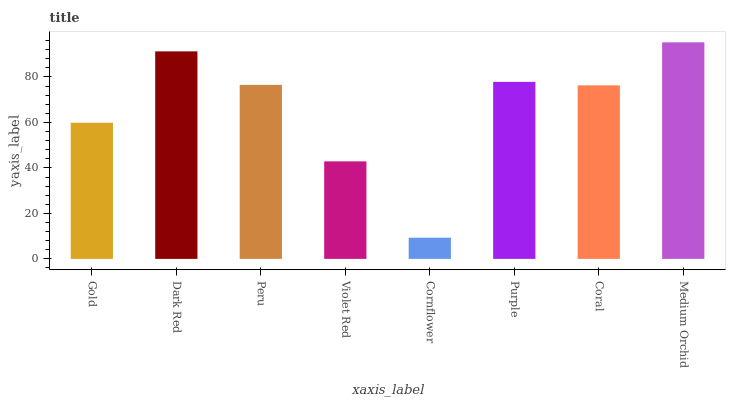
| xaxis_label | bars |
 | --- | --- |
 | Gold | 59.9 |
 | Dark Red | 91.3 |
 | Peru | 76.5 |
 | Violet Red | 42.9 |
 | Cornflower | 9.32 |
 | Purple | 77.8 |
 | Coral | 76.3 |
 | Medium Orchid | 95.2 |